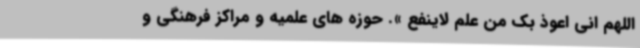
اللهم انی اعوذ بک من علم لاینفع ». حوزه های علمیه و مراکز فرهنگی و